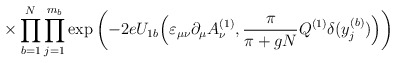
\begin{align*}\times \prod_{b=1}^N \prod_{j=1}^{m_b} \exp \left( - 2e U_{1b} \Big( \varepsilon_{\mu \nu} \partial_\mu A_\nu^{(1)},\frac{\pi}{\pi+gN} Q^{(1)} \delta(y^{(b)}_j) \Big) \right)\end{align*}